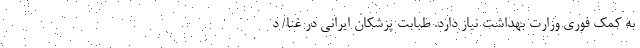
به کمک فوری وزارت بهداشت نیاز دارد. طبابت پزشکان ایرانی در غنا/ د